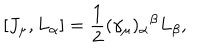
[ J _ { \mu } , L _ { \alpha } ] = \frac { 1 } { 2 } ( \gamma _ { \mu } ) _ { \alpha } { } ^ { \beta } L _ { \beta } ,